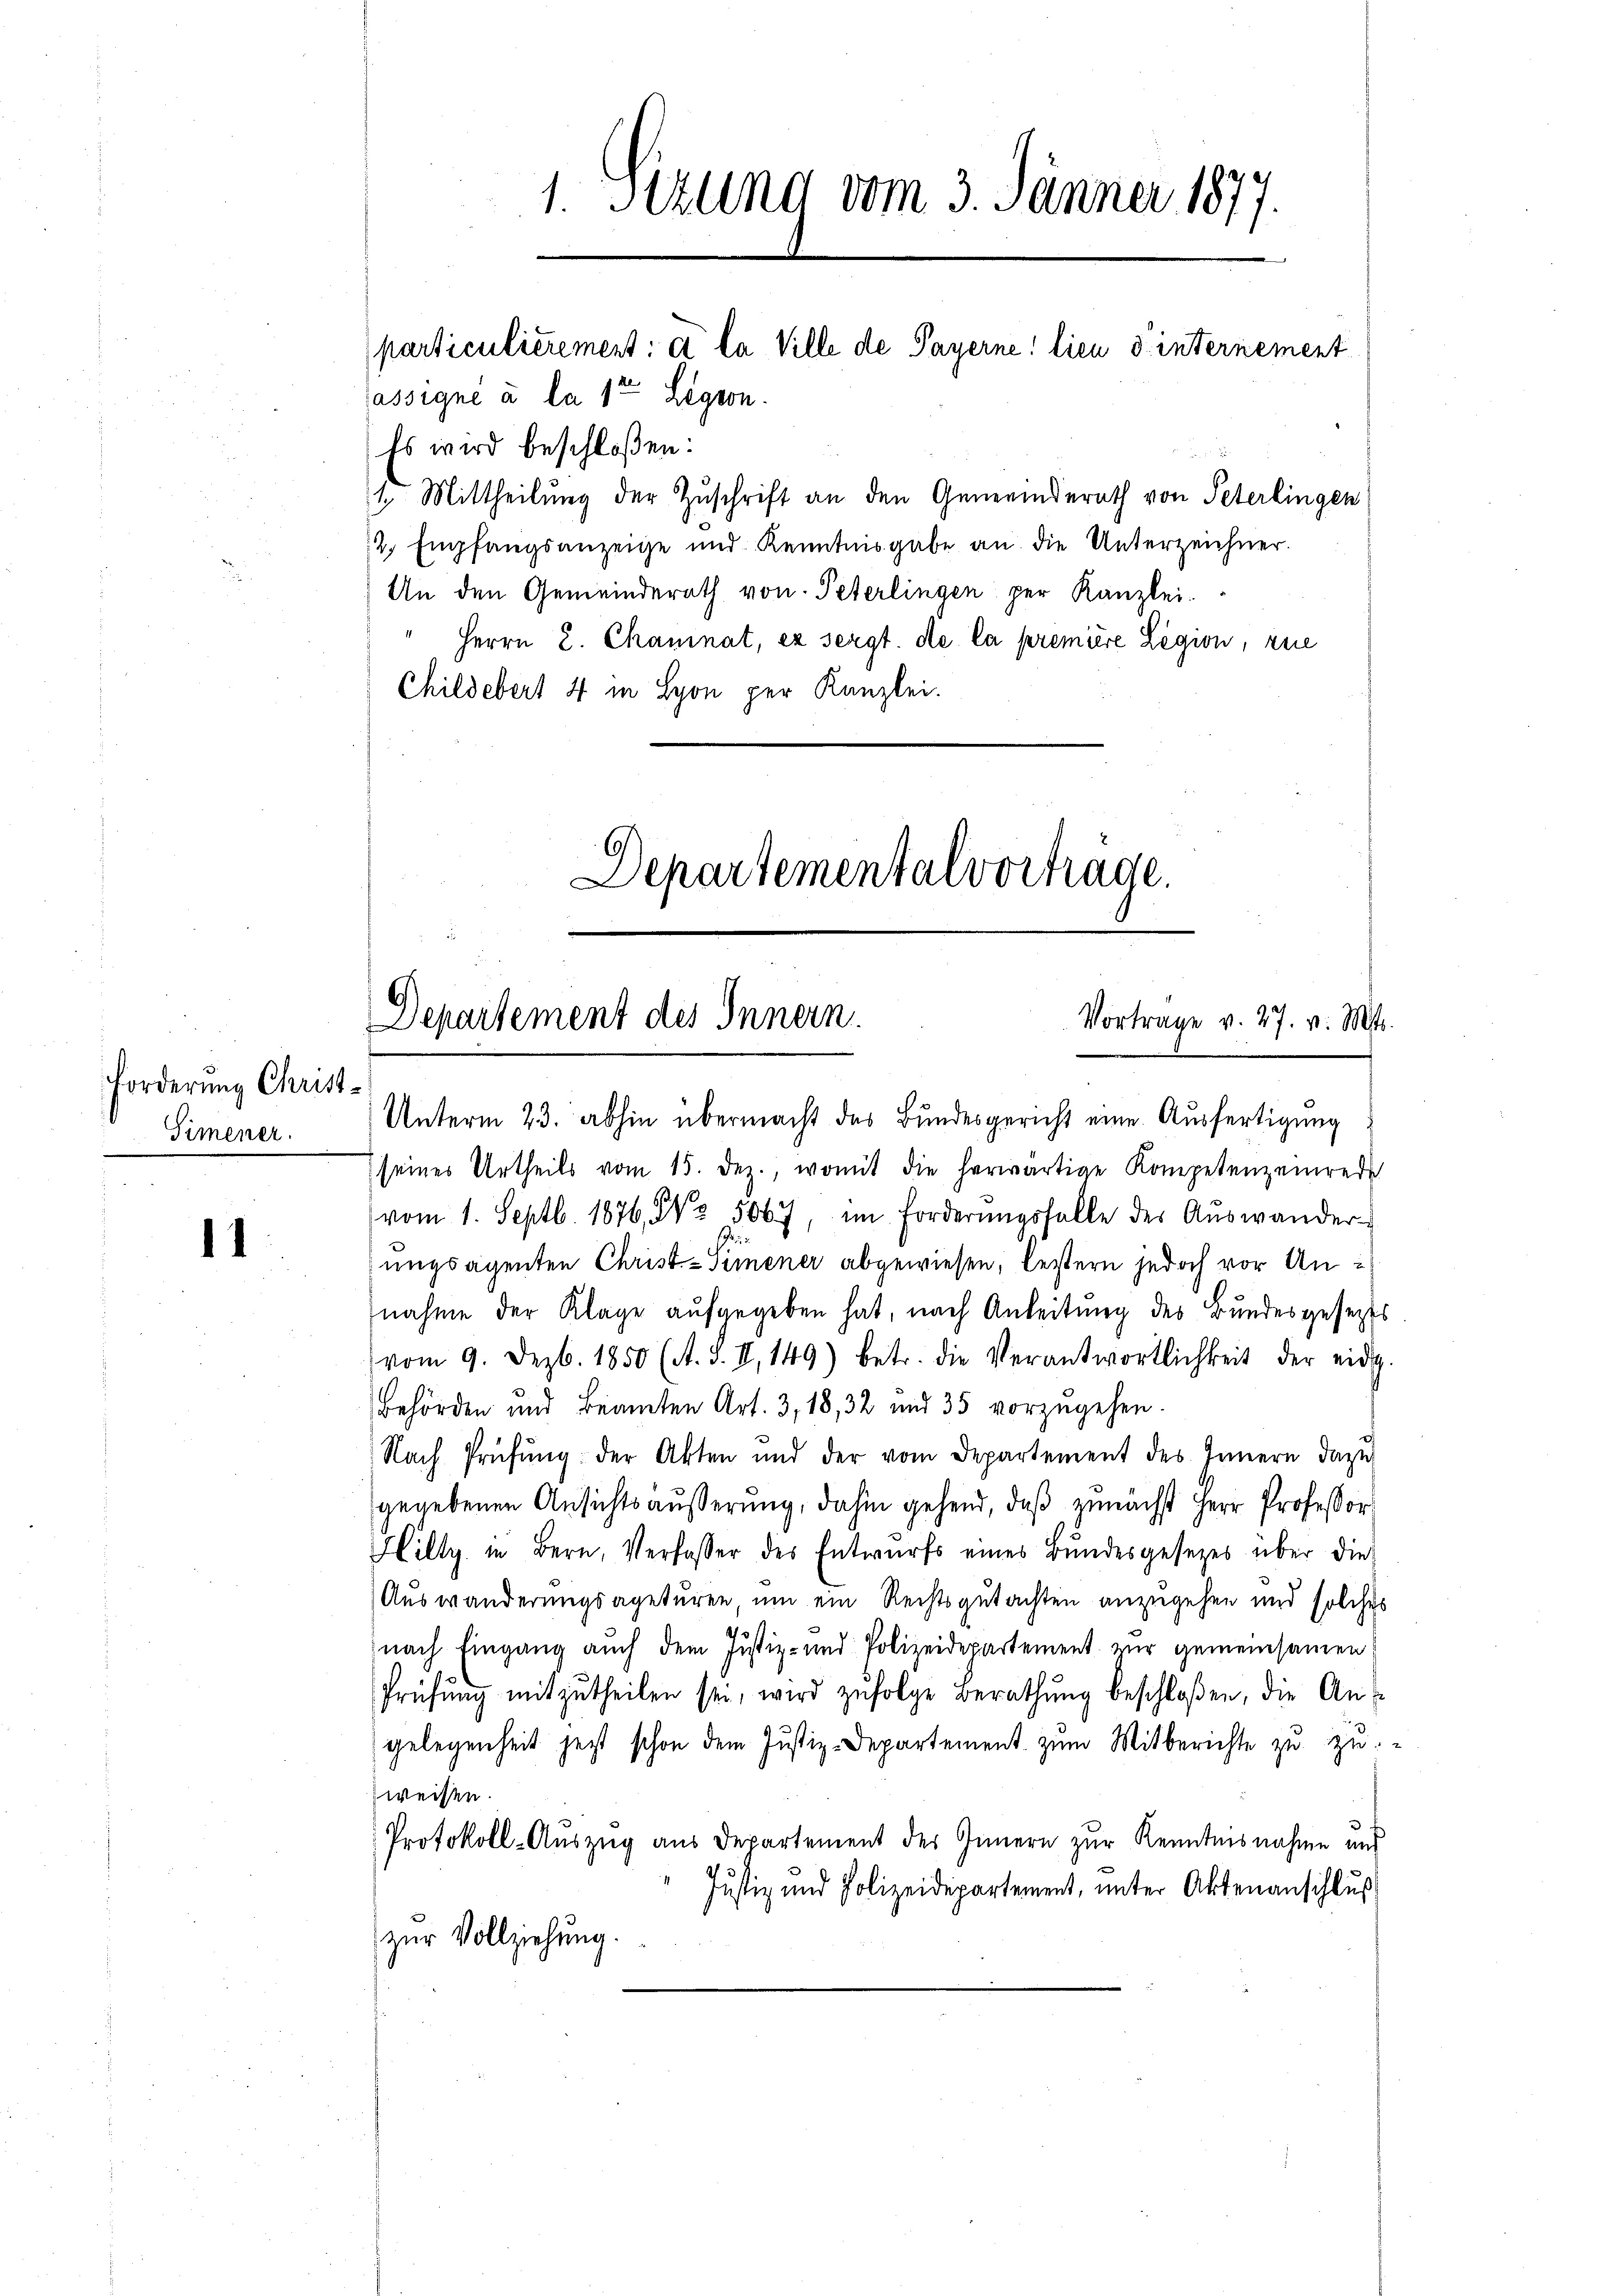
Forderung Christ¬
Simener.

11

Es wird beschloßen:
1. Mittheilung der Zuschrift an den Generinderath von Peterlingen
2. Empfangsanzeige und Kenntnisgabe an die Unterzeichner.
An den Gemeinderath von Peterlingen per Kanzlei.
Herrn 2. Chamnat, ex sergt. de la première Legion, zue
Childebert 4 in Lyon per Kanzlei.
Departementalvortrage.

1. Sizung vom 3. Jänner 1877.
particulièrement: et la Ville de Payerne: lieu d. internement
assigne à la 1ten Legion.

Departement des Innern.
Vortrage v. 27. v. Mts.
Unterm 23. abhin übermacht des Bundesgericht eine Ausfertigung

seines Urtheils vom 15. dez., womit die herwärtige Kompetenzenrede
vom 1. Septb. 1876. No. 5067, im Forderŭngsfalle des Aŭswander-
ungsagenten Christ-Simmener abgewiesen, lestern jedoch vor Annahme der Klage aufgegeben hat, nach Anleitung des Bundesgeseztes
vom 9. Dezb. 1850 (A. 3. II, 149) betr. die Verantwortlichkeit der eidg.
Behörden und Beamten Art. 3, 18, 32 und 35 vorzŭgehen.
Nach Prüfŭng der Akten und der vom Departement des Innern dazŭ
gegebenen Ansichtsäußerung, dahin gehend, daß zunächst Herr Professor
Hilty in Bern, Verfasser des Entwurfs eines Bundesgesetzes über die
Auswanderungsageturen, um ein Rechtsgutachten anzugehen und solches
nach Eingang auch dem Justiz- und Polizeidepartement zur gemeinsamen
Prüfŭng mitzŭtheilen sei, wird zŭfolge Berathŭng beschloßen, die An-
gelegenheit jetzt schon dem Justiz-Departement zum Mitberichte zu zu
weisen.
Protokoll-Auszug aus Departement des Innern zur Kenntnisnahme und
Justiz und Polizeidepartement, unter Aktenanschluß
zur Vollziehung.